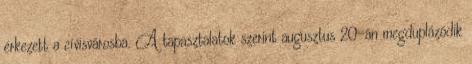
érkezett a cívisvárosba. A tapasztalatok szerint augusztus 20-án megduplázódik